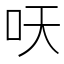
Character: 𱒆